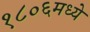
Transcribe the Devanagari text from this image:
१८०६मध्ये